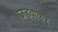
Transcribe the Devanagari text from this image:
जड़वाकर